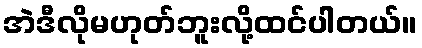
အဲဒီလိုမဟုတ်ဘူးလို့ထင်ပါတယ်။